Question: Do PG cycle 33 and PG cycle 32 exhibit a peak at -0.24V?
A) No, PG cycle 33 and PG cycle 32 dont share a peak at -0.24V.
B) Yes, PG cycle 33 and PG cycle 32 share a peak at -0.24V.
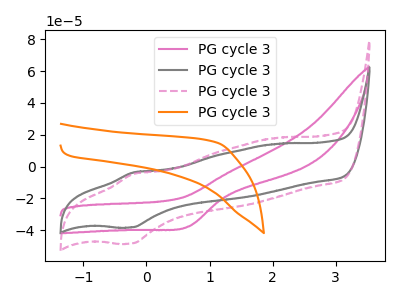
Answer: <think>The pink curve "PG cycle 31" has a cathodic peak at: (0.65V, -37.55uA). The gray curve "PG cycle 32" has an anodic peak at (-0.20V, -3.60uA) and a cathodic peak at (-0.25V, -38.15uA). The pink dashed curve "PG cycle 33" has an anodic peak at (-0.20V, -4.55uA) and a cathodic peak at (-0.25V, -48.25uA). The orange curve "PG cycle 34" has no peaks.</think>
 <answer>B) Yes, "PG cycle 33" and "PG cycle 32" share a peak at -0.24V.</answer>
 <eval>B</eval>